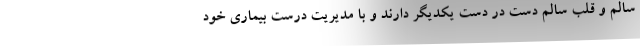
سالم و قلب سالم دست در دست یکدیگر دارند و با مدیریت درست بیماری خود